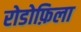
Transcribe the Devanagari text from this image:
रोडोफ़िला